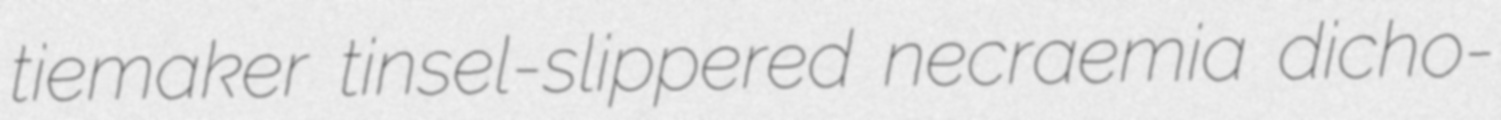
tiemaker tinsel-slippered necraemia dicho-